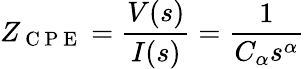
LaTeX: Z_{\mathrm{~C~P~E~}}=\frac{V(s)}{I(s)}=\frac{1}{C_{\alpha}s^{\alpha}}